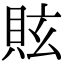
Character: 䝮